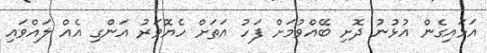
އަޅައިގެން އުޅުނު ދޮށި ބޭއްވުމަށް ފަހު އަތަށް ހެޔޮވަރު އަންގި އެއް ލައްވައި